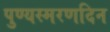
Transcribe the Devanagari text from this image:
पुण्यस्मरणदिन